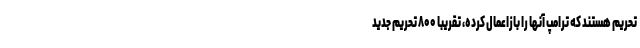
تحریم هستند که ترامپ آنها را بازاعمال کرده، تقریباً ۸۰۰ تحریم جدید